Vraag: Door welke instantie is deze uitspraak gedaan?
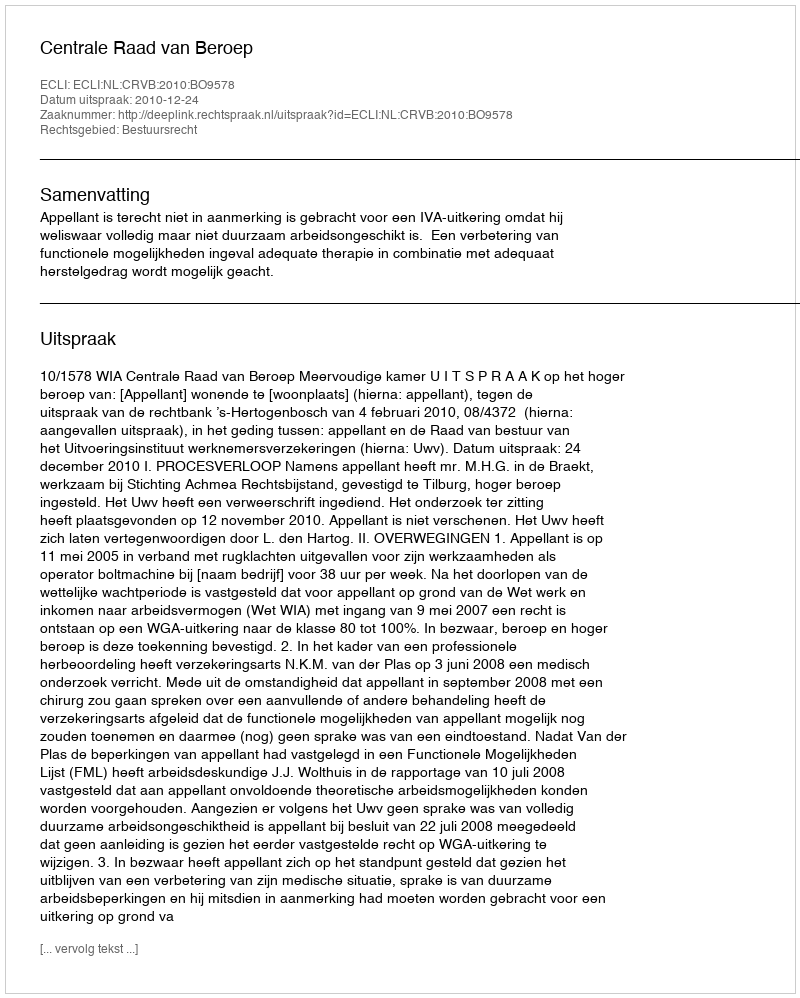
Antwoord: Centrale Raad van Beroep